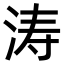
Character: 涛